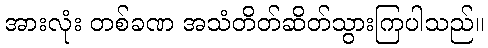
အားလုံး တစ်ခဏ အသံတိတ်ဆိတ်သွားကြပါသည်။